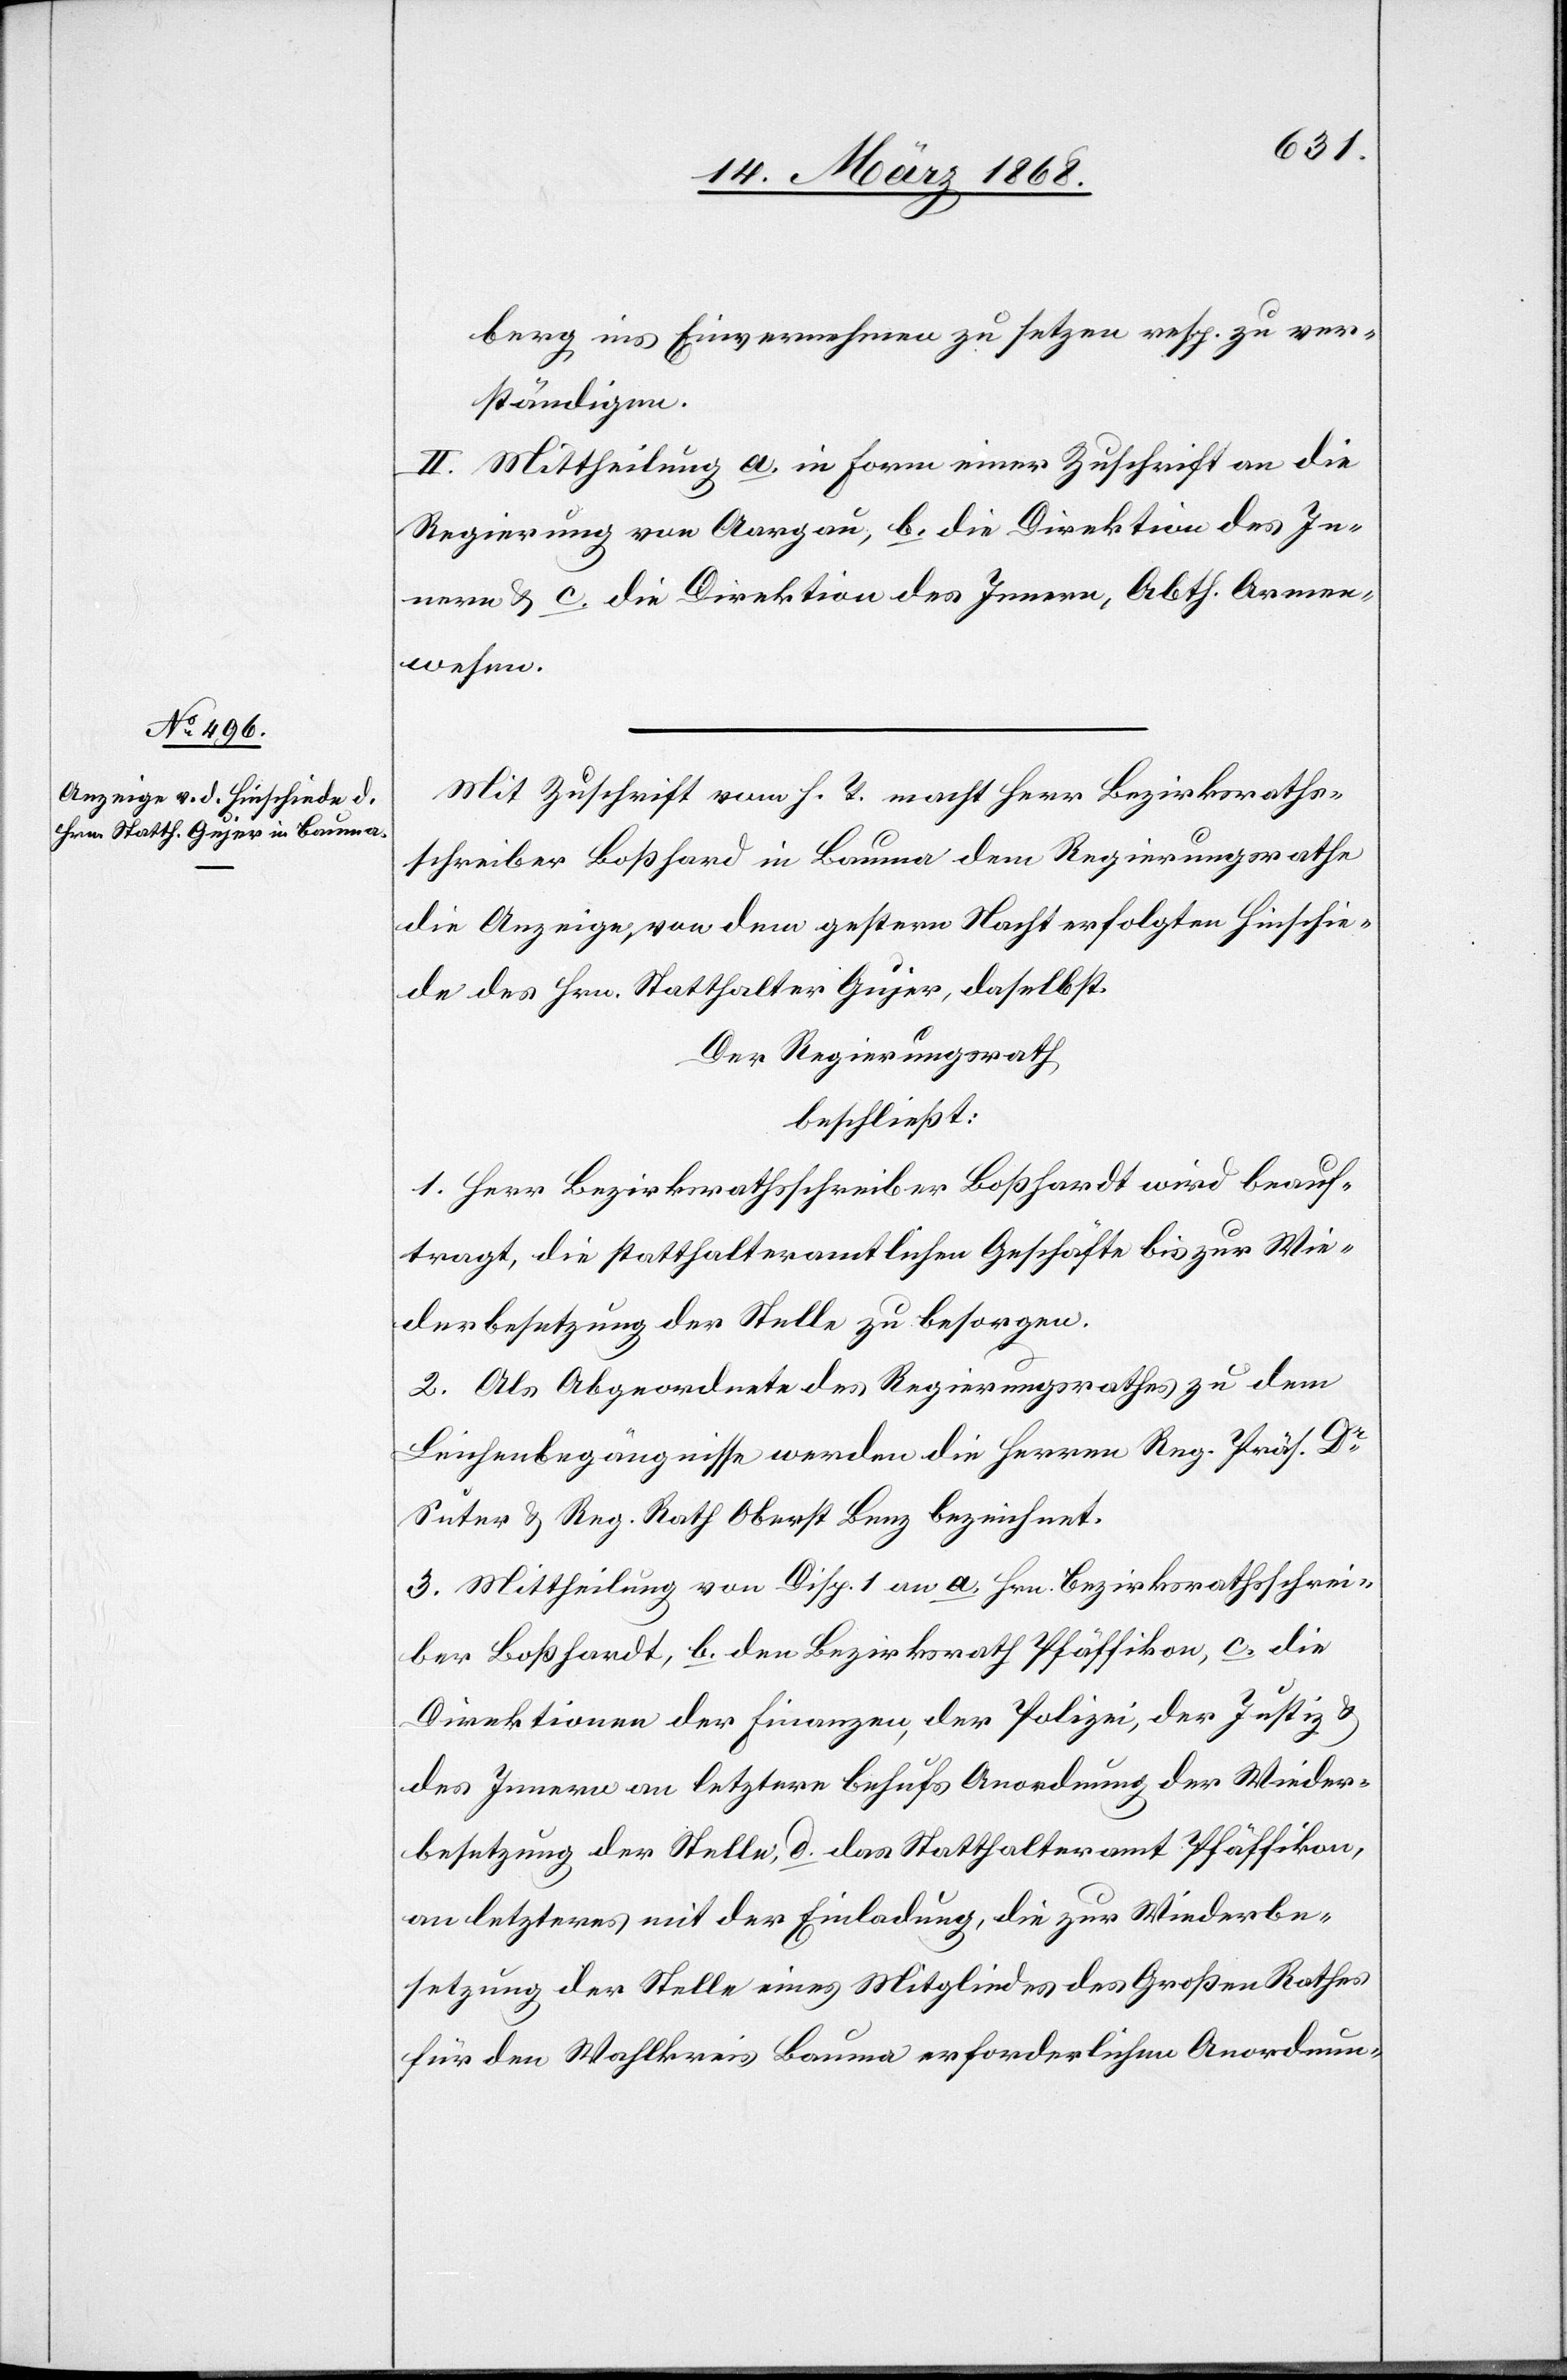
berg ins Einvernehmen zu setzen resp. zu ver¬
ständigen.
II. Mittheilung a. in Form einer Zuschrift an die
Regierung von Aargau, b. die Direktion des In¬
nern & c. die Direktion des Innern, Abth. Armen¬
wesen.
Mit Zuschrift vom h. T. macht Herr Bezirksraths¬
schreiber Boßhard in Bauma dem Regierungsrathe
die Anzeige, von dem gestern Nacht erfolgten Hinschie¬
de des Hrn. Statthalter Gujer, daselbst.
Der Regierungsrath
beschließt:
1. Herr Bezirksrathsschreiber Boßhardt [sic!] wird beauf¬
tragt, die statthalteramtlichen Geschäfte bis zur Wie¬
derbesetzung der Stelle zu besorgen.
2. Als Abgeordnete des Regierungsrathes zu dem
Leichenbegängnisse werden die Herren Reg. Präs. Dr.
Suter & Reg. Rath Oberst Benz bezeichnet.
3. Mittheilung von Disp. 1 an a. Hrn. Bezirksrathsschrei¬
ber Boßhardt, b. den Bezirksrath Pfäffikon, c. die
Direktionen der Finanzen, der Polizei, der Justiz &
des Innern an letztere behufs Anordnung der Wieder¬
besetzung der Stelle, d. das Statthalteramt Pfäffikon,
an letzteres mit der Einladung, die zur Wiederbe¬
setzung der Stelle eines Mitgliedes des Großen Rathes
für den Wahlkreis Bauma erforderlichen Anordnun-